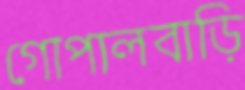
গোপালবাড়ি